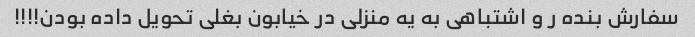
سفارش بنده ر و اشتباهی به یه منزلی در خیابون بغلی تحویل داده بودن!!!!